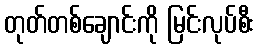
တုတ်တစ်ချောင်းကို မြင်းလုပ်စီး